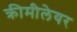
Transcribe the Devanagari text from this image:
क्रीमीलेयर